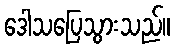
ဒေါသပြေသွားသည်။